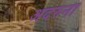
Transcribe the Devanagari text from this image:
अदरुनी